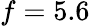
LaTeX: f=5.6